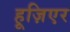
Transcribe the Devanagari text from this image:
हूज़िएर